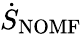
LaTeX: \dot{S}_{\mathrm{{NOMF}}}